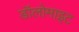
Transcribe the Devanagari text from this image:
डॉलोमाइट